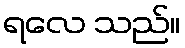
ရလေ သည်။